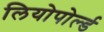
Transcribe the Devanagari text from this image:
लियोपोर्ल्ड